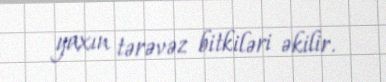
yaxın tərəvəz bitkiləri əkilir.